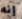
إنه